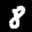
Label: 8